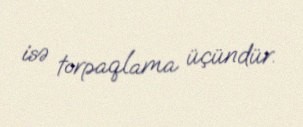
isə torpaqlama üçündür.